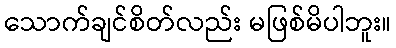
သောက်ချင်စိတ်လည်း မဖြစ်မိပါဘူး။